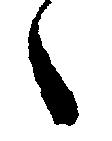
々